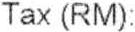
TAX (RM):